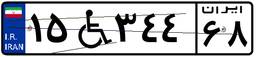
۱۵W۳۴۴۶۸